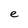
Character: e